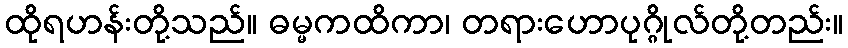
ထိုရဟန်းတို့သည်။ ဓမ္မကထိကာ၊ တရားဟောပုဂ္ဂိုလ်တို့တည်း။